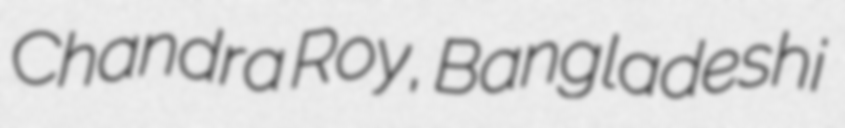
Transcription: Chandra Roy, Bangladeshi